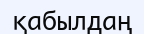
қабылдаң